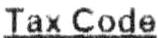
TAX CODE